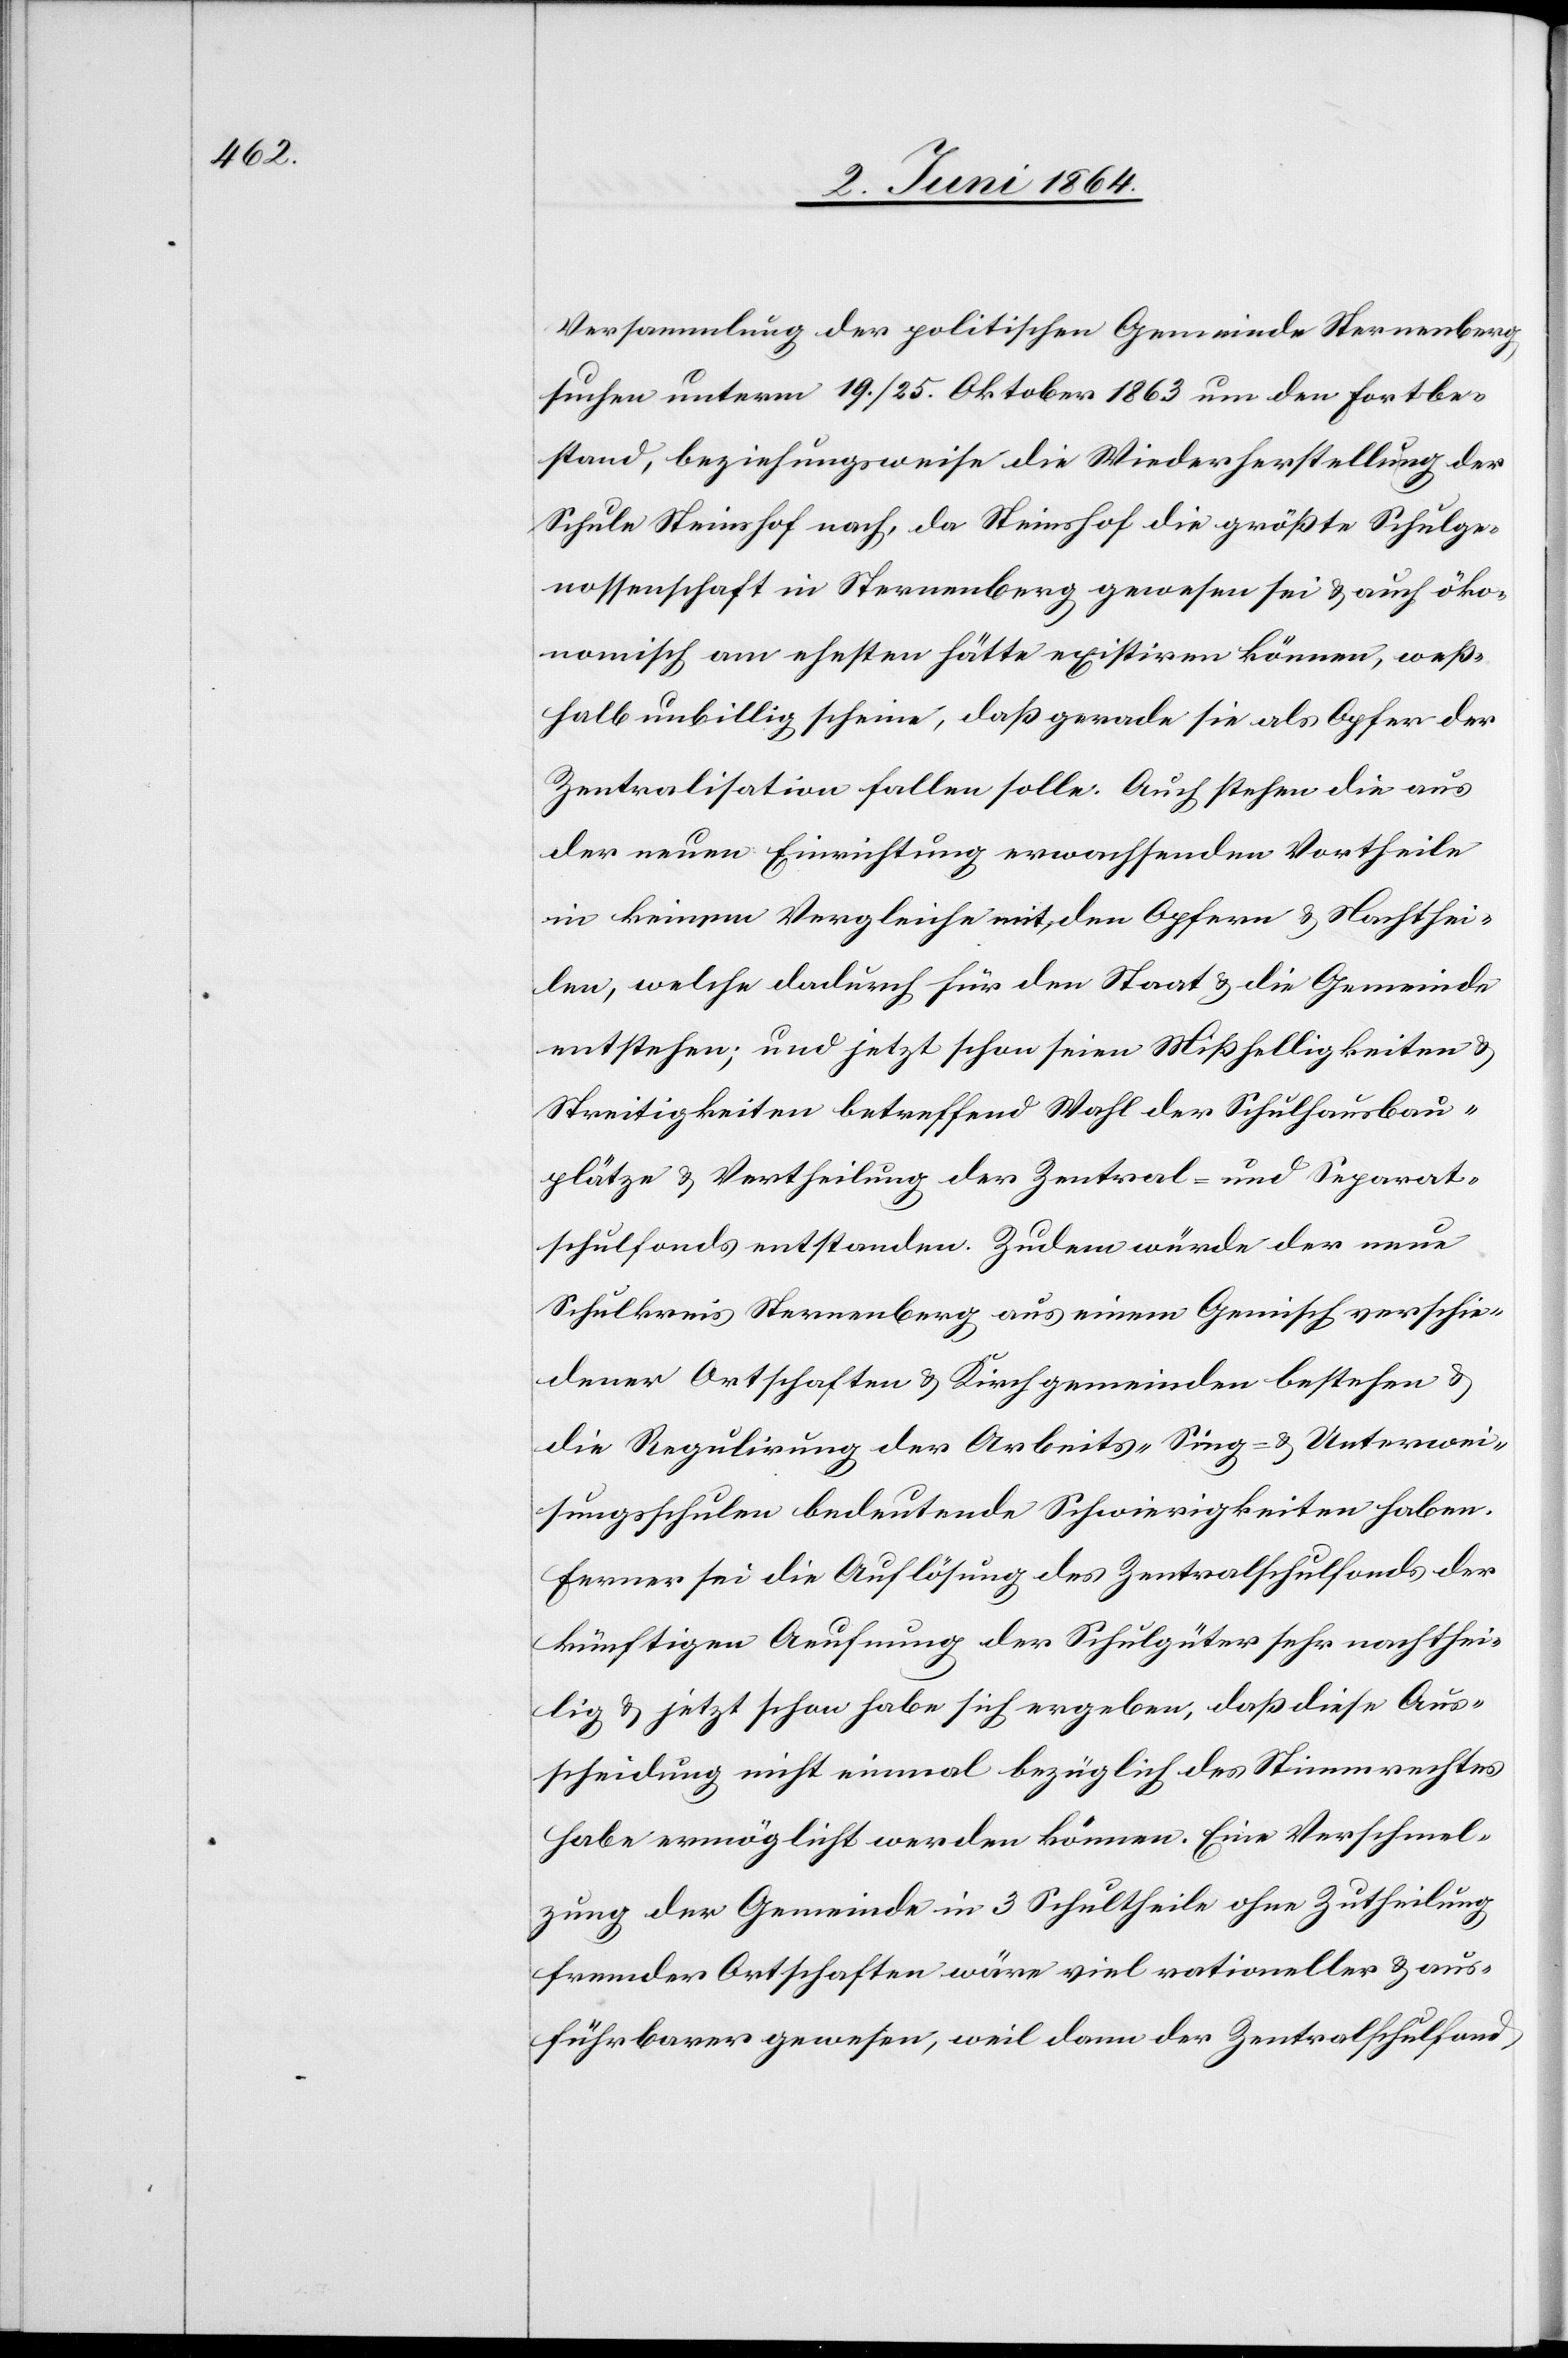
Versammlung der politischen Gemeinde Sternenberg
suchen unterm 19./25. Oktober 1863 um den Fortbe¬
stand, beziehungsweise die Wiederherstellung der
Schule Steinshof nach, da Steinshof die größte Schulge¬
nossenschaft in Sternenberg gewesen sei u. auch öko¬
nomisch am ehesten hätte existiren können, weß¬
halb unbillig scheine, daß gerade sie als Opfer der
Zentralisation fallen solle. Auch stehen die aus
der neuen Einrichtung erwachsenden Vortheile
in keinem Vergleiche mit den Opfern u. Nachthei¬
len, welche dadurch für den Staat u. die Gemeinde
entstehen; und jetzt schon seien Mißhelligkeiten u.
Streitigkeiten betreffend Wahl der Schulhausbau¬
plätze u. Vertheilung der Zentral- und Separat¬
schulfonds entstanden. Zudem würde der neue
Schulkreis Sternenberg aus einem Gemisch verschie¬
dener Ortschaften u. Kirchgemeinden bestehen u.
die Regulirung der Arbeits-[,] Sing- u. Unterwei¬
sungsschulen bedeutende Schwierigkeiten haben.
Ferner sei die Auflösung der Schulgüter sehr nachthe¬
ilig u. jetzt schon habe sich ergeben, daß diese Aus¬
scheidung nicht einmal bezüglich des Stimmrechtes
habe ermöglicht werden können. Eine Verschmel¬
zung der Gemeinde in 3 Schultheile ohne Zutheilung
fremder Ortschaften wäre viel rationeller u. aus¬
führbarer gewesen, weil dann der Zentralschulfond